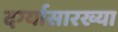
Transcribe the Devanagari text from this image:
दर्ग्यासारख्या